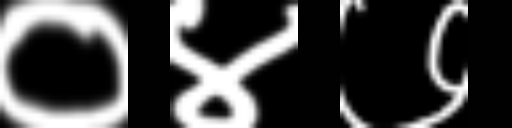
Text: ०४७